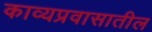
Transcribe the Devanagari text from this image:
काव्यप्रवासातील